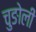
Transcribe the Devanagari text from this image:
चुङोली